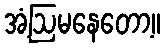
အံ့ဩမနေတော့။